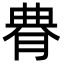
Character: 䐌